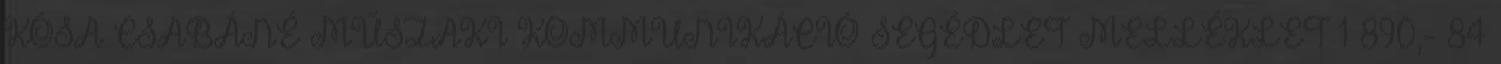
KÓSA CSABÁNÉ MŰSZAKI KOMMUNIKÁCIÓ SEGÉDLET MELLÉKLET 1 890,- 84